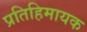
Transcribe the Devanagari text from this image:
प्रतिहिमायक